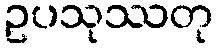
ဥပသုဿတု